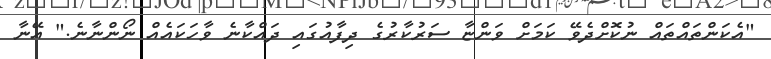
"އެކަންތައްތައް ނުކޮށްދެވޭ ކަމަށް ވަންޏާ ސަރުކާރުގެ ދިފާއުގައި ދައްކާނެ ވާހަކައެއް ނޯންނާނެ." އޭނާ